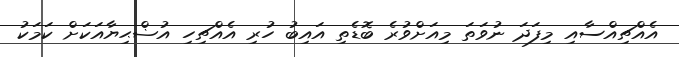
އެއްޗިއްސާއި މިފަދަ ނުވަތަ މިއަށްވުރެ ބޮޑެތި އައިބު ހުރި އެއްޗިހި އުޟްޙިޔާއަކަށް ކަމަކު